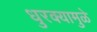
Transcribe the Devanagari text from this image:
धुरक्यामुळे